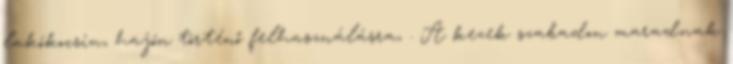
lakókocsin, hajón történő felhasználásra, . A kezek szabadon maradnak